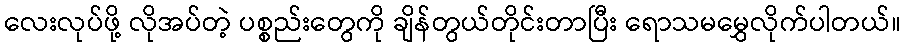
လေးလုပ်ဖို့ လိုအပ်တဲ့ ပစ္စည်းတွေကို ချိန်တွယ်တိုင်းတာပြီး ရောသမမွှေလိုက်ပါတယ်။